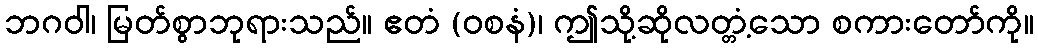
ဘဂဝါ၊ မြတ်စွာဘုရားသည်။ ဧတံ (ဝစနံ)၊ ဤသို့ဆိုလတ္တံ့သော စကားတော်ကို။